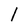
Character: l